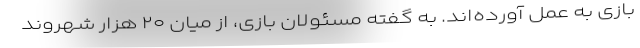
بازی به عمل آورده‌اند. به گفته مسئولان بازی، از میان ۲۰ هزار شهروند